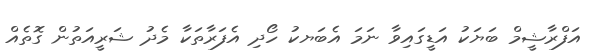
އަފްރާޝީމް ބަޔަކު އަޑީގައިވާ ނަމަ އެބަޔކު ހޯދި އެފަރާތަކާ މެދު ޝަރީއަތުން ގޮތެއް